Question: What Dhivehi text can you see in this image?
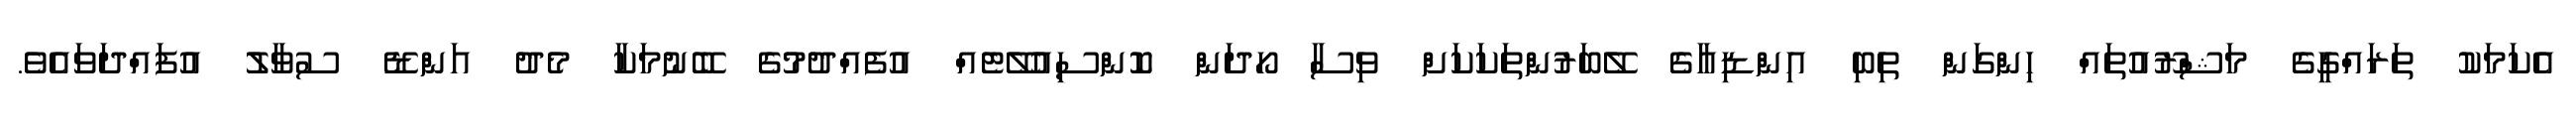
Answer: އެކަމަކު ތަރައްގީގެ މަޝްރޫއުތައް ހިންގަން ތިބި އިންޑިއާގެ ލޭބަރުންތަކަކަށް ވިސާ ހޯދަން ކޮންސިއުލޭޓެއް އުފެއްދުމުގެ ބޭނުމަކާ މެދު އަންޑޭ ސުވާލު އުފައްދަވައެވެ.